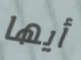
أيها